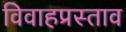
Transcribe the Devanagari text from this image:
विवाहप्रस्ताव